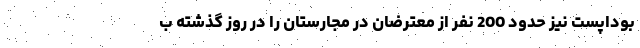
بوداپست نیز حدود 200 نفر از معترضان در مجارستان را در روز گذشته ب